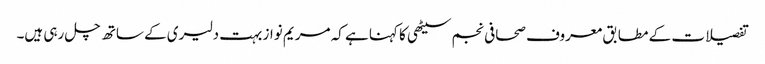
تفصیلات کے مطابق معروف صحافی نجم سیٹھی کا کہنا ہے کہ مریم نواز بہت دلیری کے ساتھ چل رہی ہیں۔